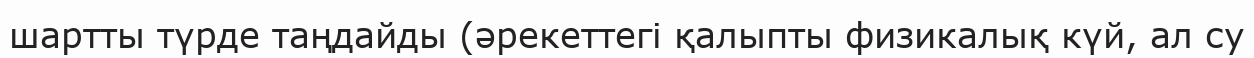
шартты түрде таңдайды (әрекеттегі қалыпты физикалық күй, ал су